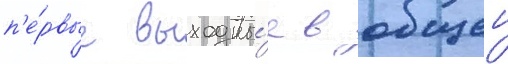
п'е́рвые выходны́е в общеи